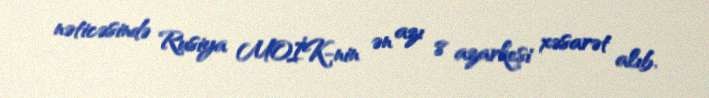
nəticəsində Rusiya MOİK-nin ən azı 8 azarkeşi xəsarət alıb.